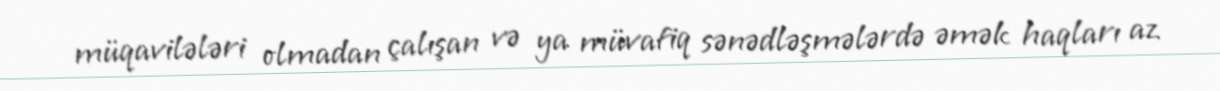
müqavilələri olmadan çalışan və ya müvafiq sənədləşmələrdə əmək haqları az